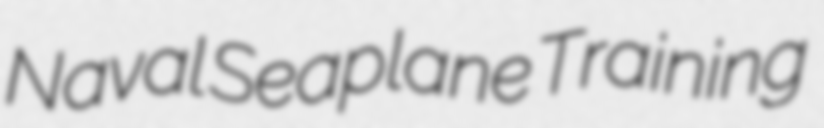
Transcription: Naval Seaplane Training